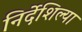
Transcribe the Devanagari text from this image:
निर्देशिल्या